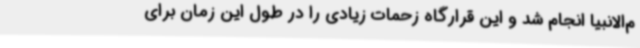
م‌الانبیا انجام شد و این قرارگاه زحمات زیادی را در طول این زمان برای